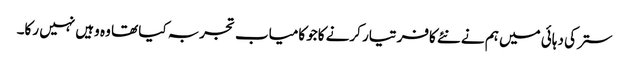
ستر کی دہائی میں ہم نے نئے کافر تیار کرنے کاجو کامیاب تجربہ کیا تھا وہ وہیں نہیں رکا۔